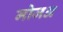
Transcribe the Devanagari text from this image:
मोजअ